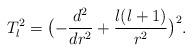
LaTeX: \begin{align*} T_{l}^{2} = \bigl(-\frac{d^{2}}{dr^{2}} + \frac{l(l+1)}{r^{2}}\bigr)^{2} .\end{align*}